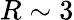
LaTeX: R\sim 3